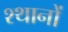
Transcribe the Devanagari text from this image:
श्थानों